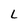
Character: L